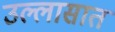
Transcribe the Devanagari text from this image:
उल्लासात